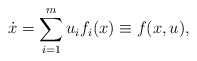
\begin{align*}\dot x = \sum_{i=1}^m u_i f_i (x)\equiv f(x,u),\end{align*}